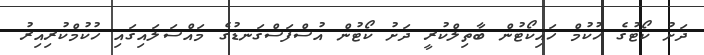
ދަށު ކޯޓުގެ ހުކުމް ހައިކޯޓުން ބާތިލްކުރީ ދަށު ކޯޓުން އުސްފަސްގަނޑުގެ މައްސަލައިގައި ހުކުމްކުރިއިރު